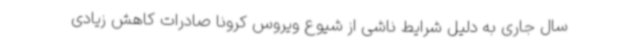
سال جاری به دلیل شرایط ناشی از شیوع ویروس کرونا صادرات کاهش زیادی